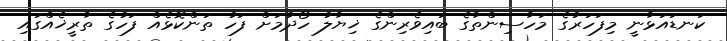
ކަނޑައަޅާނީ މިފަހަރުގެ މަހާސިންތާގެ ބައިވެރިންގެ ޚިޔާލު ހޯދުމަށް ފަހު ތަންކޮޅެއް ފަހުގެ ތާރީޚެއްގައި